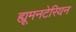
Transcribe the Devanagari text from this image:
ह्यूमनटेरियन